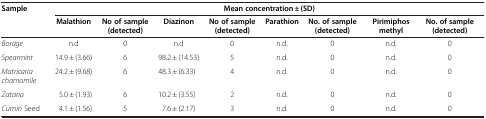
| Sample | <COLSPAN=8> Mean concentration ± (SD) |
 |  | Malathion | No of sample (detected) | Diazinon | No of sample (detected) | Parathion | No. of sample (detected) | Pirimiphos methyl | No. of sample (detected) |
 | --- | --- | --- | --- | --- | --- | --- | --- | --- |
 | Borage | n.d | 0 | n.d | 0 | n.d. | 0 | n.d. | 0 |
 | Spearmint | 14.9 ± (3.66) | 6 | 98.2 ± (14.53) | 5 | n.d. | 0 | n.d. | 0 |
 | Matricaria chamomile | 24.2 ± (9.68) | 6 | 48.3 ± (6.33) | 4 | n.d. | 0 | n.d. | 0 |
 | Zataria | 5.0 ± (1.93) | 6 | 10.2 ± (3.55) | 2 | n.d. | 0 | n.d. | 0 |
 | Cumin Seed | 4.1 ± (1.56) | 5 | 7.6 ± (2.17) | 3 | n.d. | 0 | n.d. | 0 |